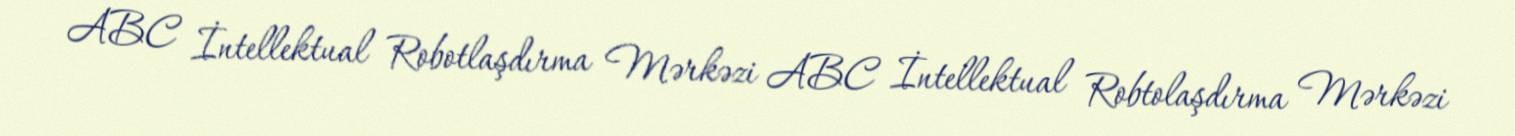
ABC İntellektual Robotlaşdırma Mərkəzi ABC İntellektual Robtolaşdırma Mərkəzi